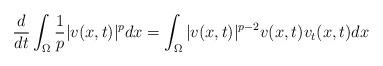
LaTeX: \begin{align*}\frac{d}{dt}\int_\Omega\frac{1}{p}|v(x,t)|^pdx=\int_\Omega|v(x,t)|^{p-2}v(x,t)v_t(x,t)dx\end{align*}